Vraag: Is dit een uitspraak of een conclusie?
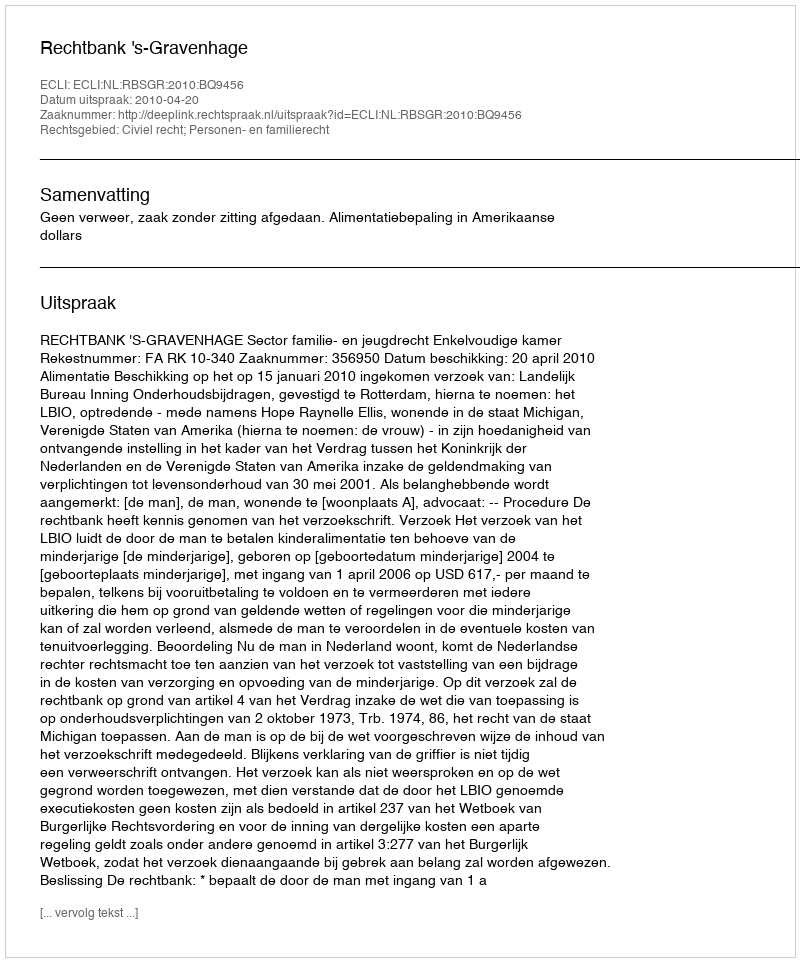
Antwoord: Uitspraak